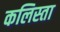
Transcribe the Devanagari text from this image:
कलिस्ता